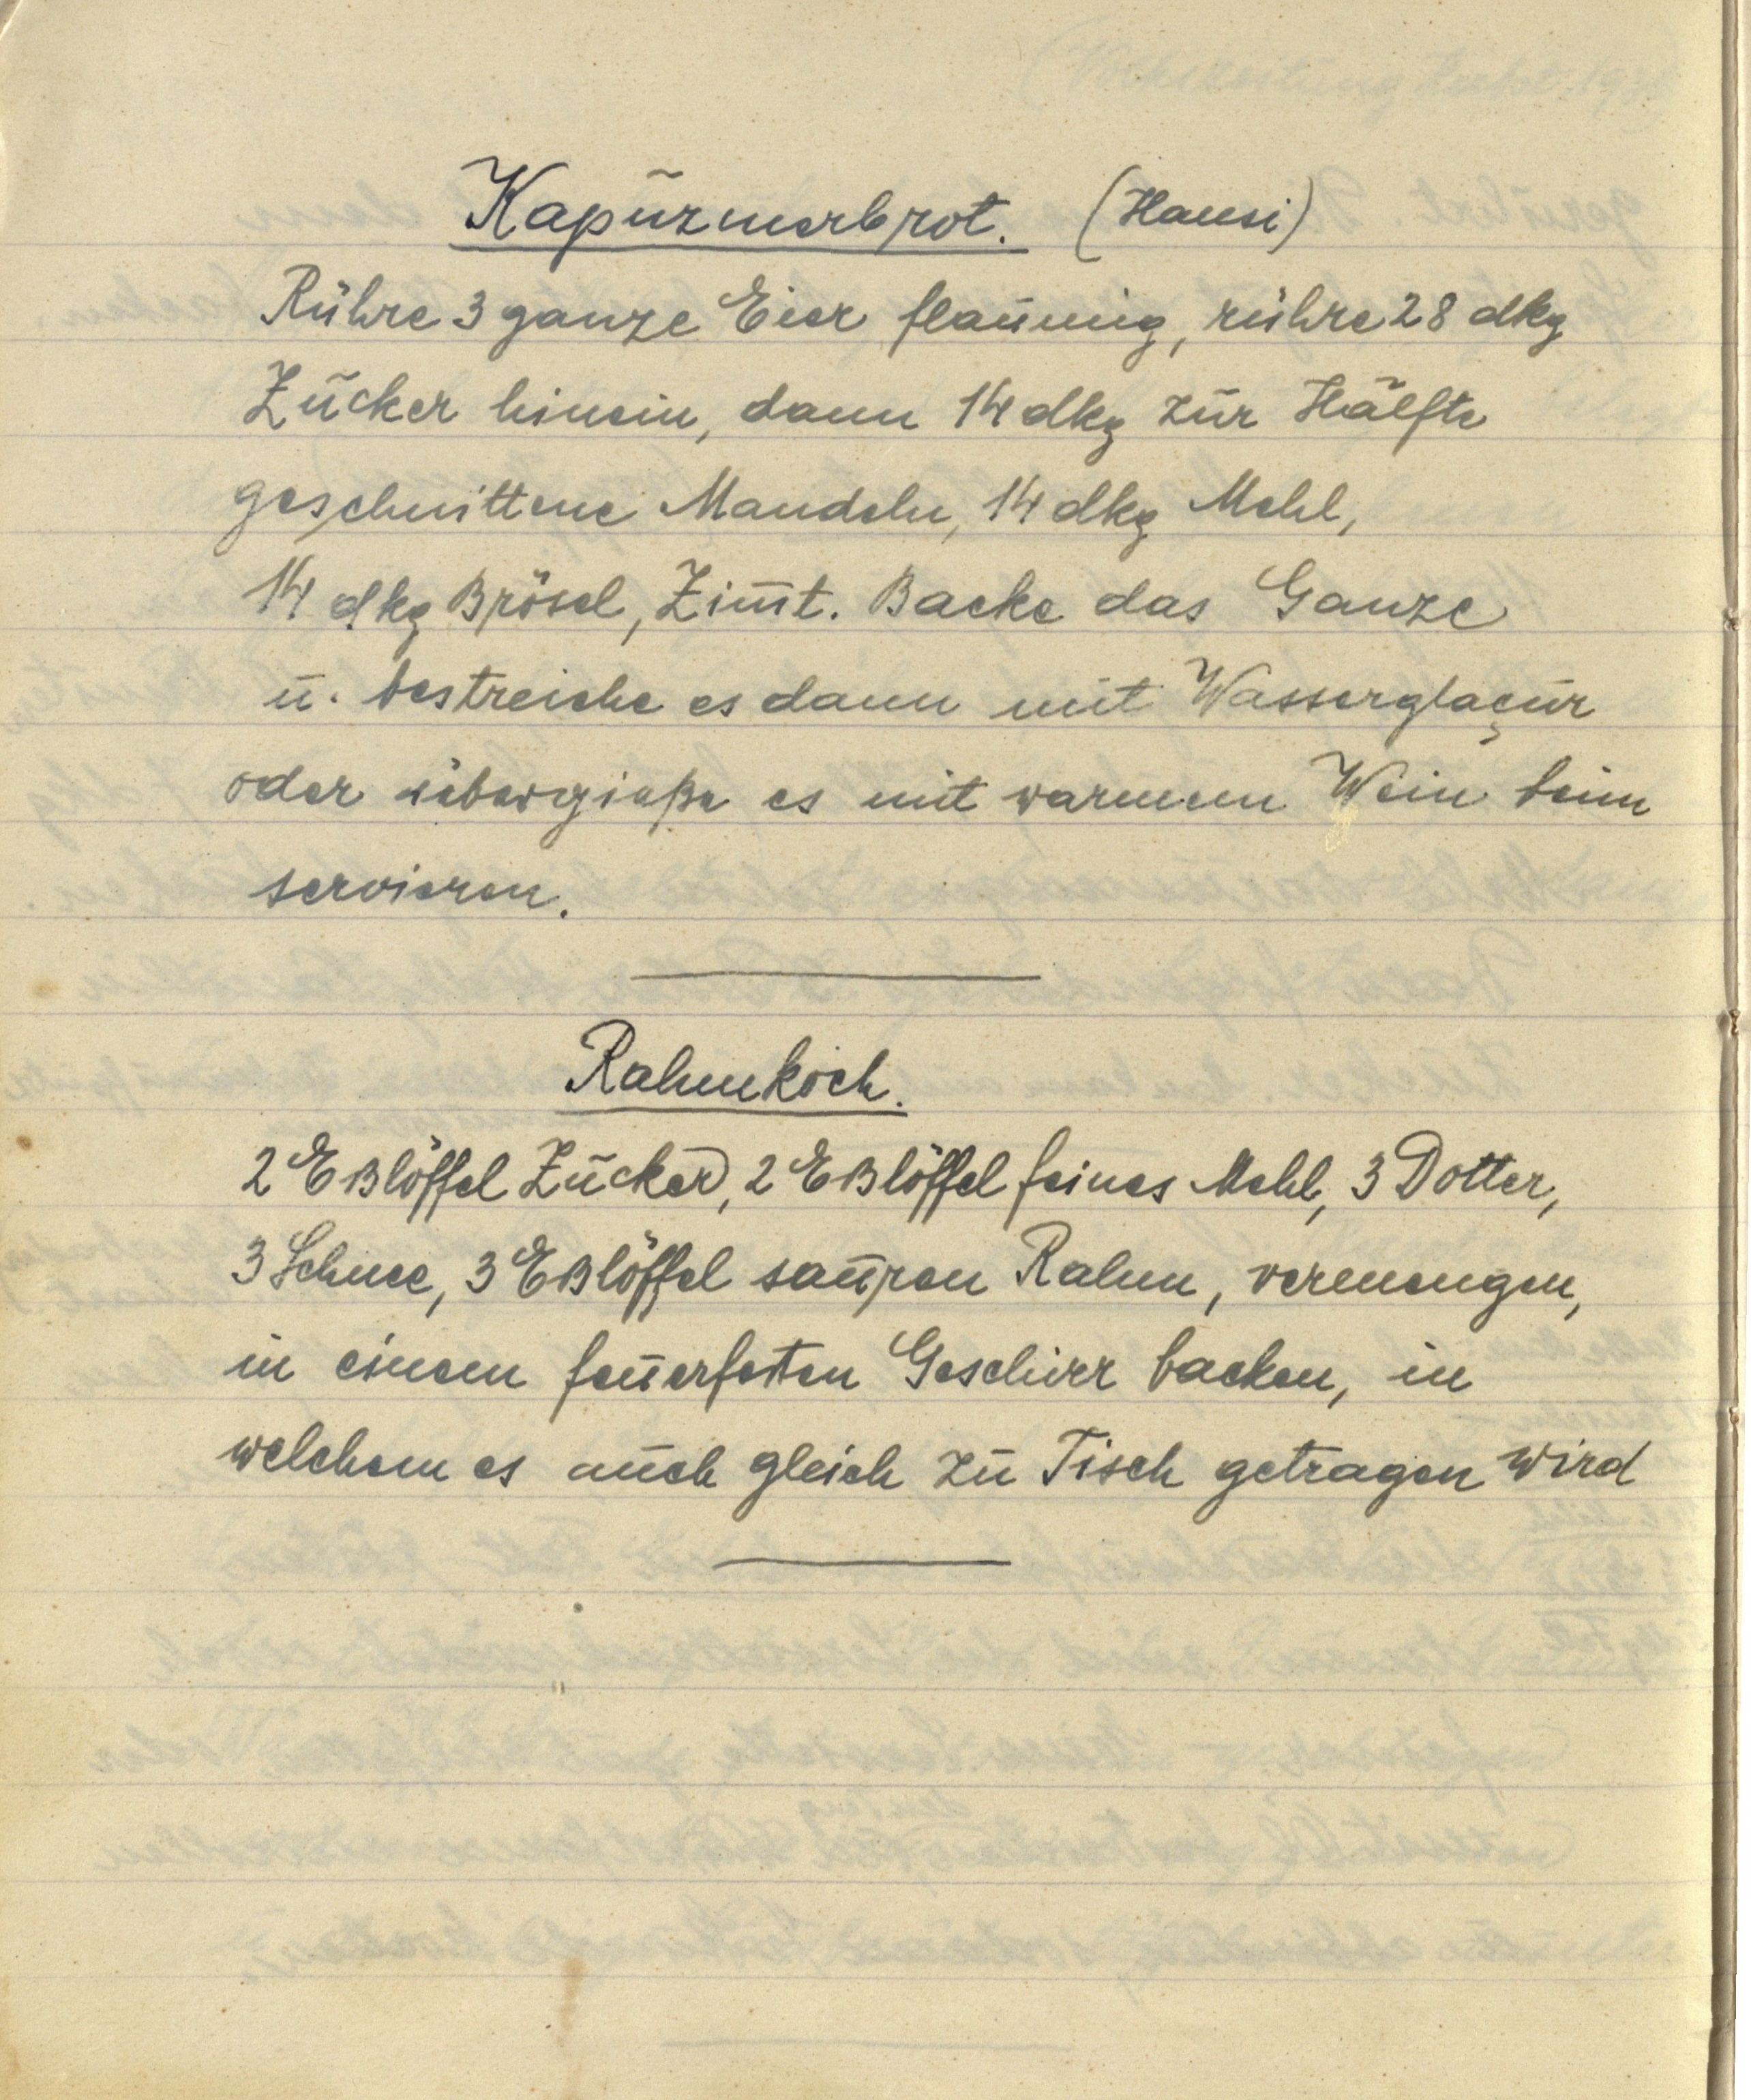
Kapuzinerbrot. (Hansi)
Rühre 3 ganze Eier flaumig, rühre 28 dkg
Zucker hinein, dann 14 dkg zur Hälfte
geschnittene Mandeln, 14 dkg Mehl,
14 dkg Brösel, Zimt. Backe das Ganze
u. bestreiche es dann mit Wasserglaçur
oder übergieße es mit warmem Wein fein
servieren.

Rahmkoch.
2 Eßlöffel Zucker, 2 Eßlöffel feines Mehl, 3 Dotter,
3 Schnee, 3 Eßlöffel sauren Rahm, vermengen,
in einem feuerfesten Geschirr backen, in
welchem es auch gleich zu Tisch getragen wird